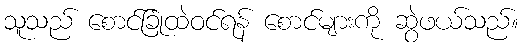
သူသည် စောင်ခြုံထဲဝင်ရန် စောင်များကို ဆွဲဖယ်သည်။